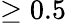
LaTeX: \ge 0.5